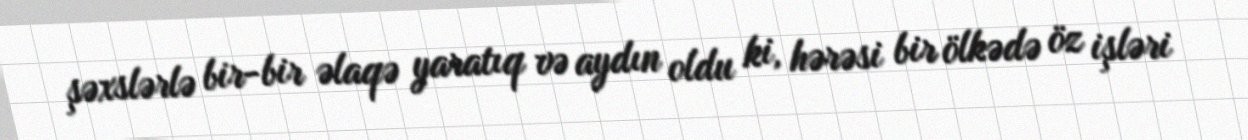
şəxslərlə bir-bir əlaqə yaratıq və aydın oldu ki, hərəsi bir ölkədə öz işləri